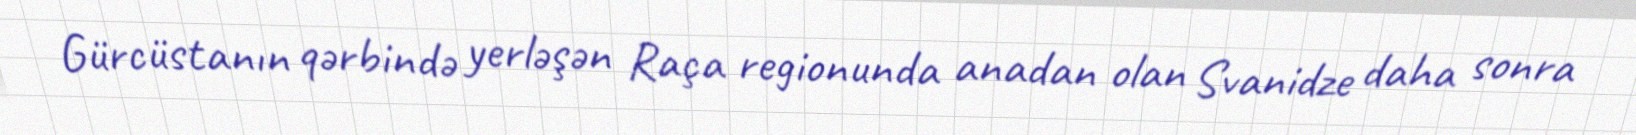
Gürcüstanın qərbində yerləşən Raça regionunda anadan olan Svanidze daha sonra